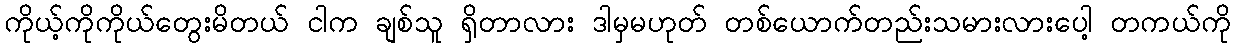
ကိုယ့်ကိုကိုယ်တွေးမိတယ် ငါက ချစ်သူ ရှိတာလား ဒါမှမဟုတ် တစ်ယောက်တည်းသမားလားပေါ့ တကယ်ကို